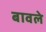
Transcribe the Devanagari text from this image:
बावले